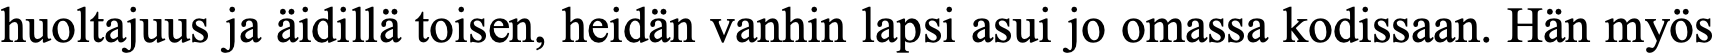
huoltajuus ja äidillä toisen, heidän vanhin lapsi asui jo omassa kodissaan. Hän myös